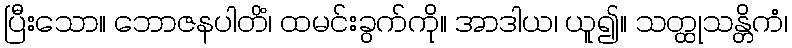
ပြီးသော။ ဘောဇနပါတိံ၊ ထမင်းခွက်ကို။ အာဒါယ၊ ယူ၍။ သတ္ထုသန္တိကံ၊